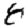
Digit: 8